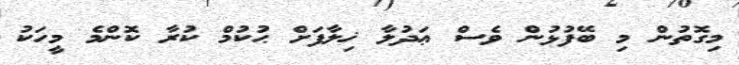
މިގޮތުން މި ބޭފުޅުން ވެސް ޢަދުލާ ޚިލާފަށް ޙުކުމް ކުރާ ކޮންމެ މީހަކު